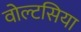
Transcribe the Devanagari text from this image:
वोल्टसिया